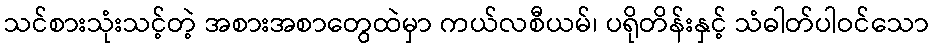
သင်စားသုံးသင့်တဲ့ အစားအစာတွေထဲမှာ ကယ်လစီယမ်၊ ပရိုတိန်းနှင့် သံဓါတ်ပါဝင်သော